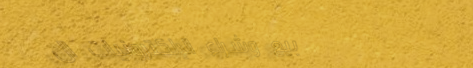
بيع وشراء الإلكترونيات ال